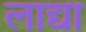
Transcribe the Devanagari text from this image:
लाद्या